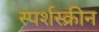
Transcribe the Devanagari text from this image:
स्पर्शस्क्रीन